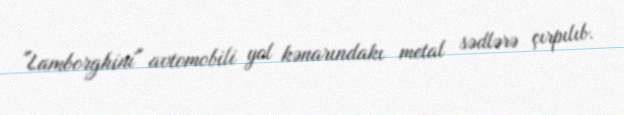
"Lamborghini" avtomobili yol kənarındakı metal sədlərə çırpılıb.